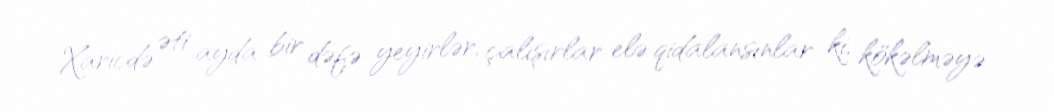
Xaricdə əti ayda bir dəfə yeyirlər, çalışırlar elə qidalansınlar ki, kökəlməyə